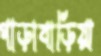
গাড়াবাড়িয়া